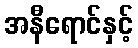
အနီရောင်နှင့်